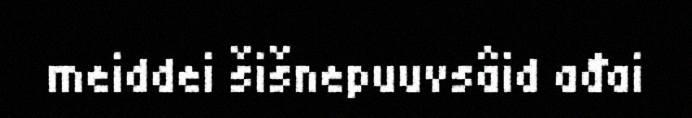
meiddei šišnepuuvsâid ađai